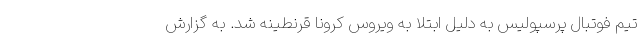
تیم فوتبال پرسپولیس به دلیل ابتلا به ویروس کرونا قرنطینه شد. به گزارش